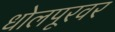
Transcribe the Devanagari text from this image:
धोलपूरवर